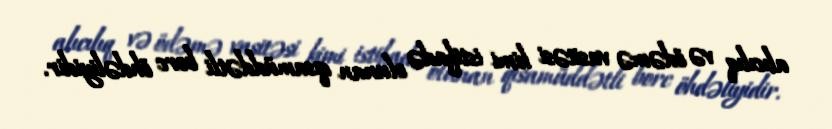
alıcılıq və ödəmə vasitəsi kimi istifadə olunan qısamüddətli borc öhdəliyidir.